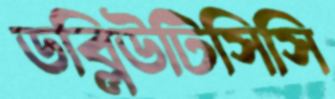
ডব্লিউটিসিসি